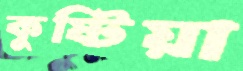
কুষ্টিয়া